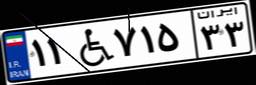
۱۱W۷۱۵۳۳